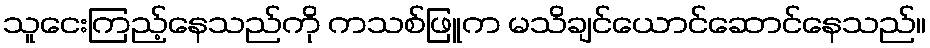
သူငေးကြည့်နေသည်ကို ကသစ်ဖြူက မသိချင်ယောင်ဆောင်နေသည်။